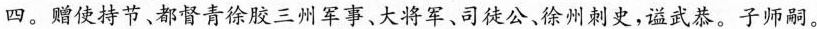
四。赠使持节、都督青徐胶三州军事、大将军、司徒公、徐州刺史，谥武恭。子师嗣。